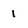
Character: 1